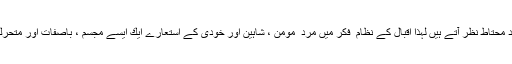
یہی سبب ہے كہ اقبال نئی قدروں كے قبول اور ردِ قبول كے معاملے میں بیحد محتاط نظر آتے ہیں لہٰذا اقبال كے نظام ِ فكر میں مرد ِ مومن ، شاہین اور خودی كے استعارے ایك ایسے مجسم ، باصفات اور متحرك انسان كے وجود كا اشاریہ ہیں جو بدلتی ہوئی دنیا میں جدید اور پامرد رہے۔